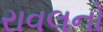
રાવલનો